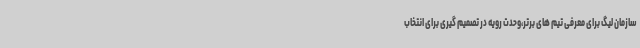
سازمان لیگ برای معرفی تیم های برتر،وحدت رویه در تصمیم گیری برای انتخاب